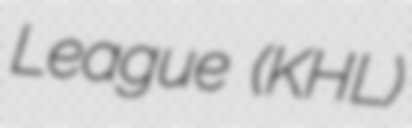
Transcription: League (KHL)